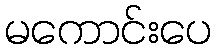
မကောင်းပေ